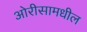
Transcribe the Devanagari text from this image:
ओरीसामधील